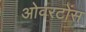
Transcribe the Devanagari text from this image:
ओवरटोंस